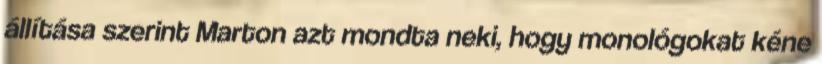
állítása szerint Marton azt mondta neki, hogy monológokat kéne